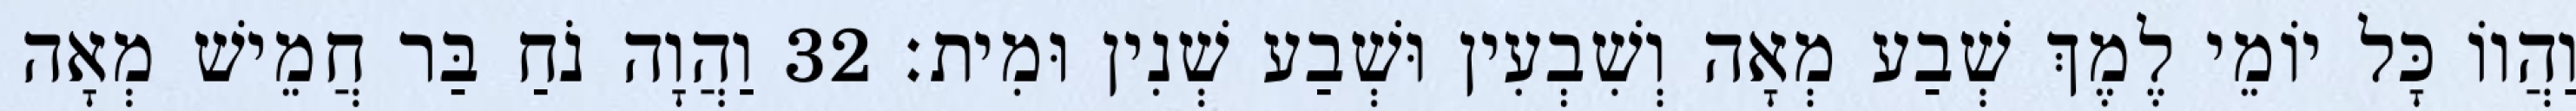
וַהֲווֹ כָּל יוֹמֵי לֶמֶךְ שְׁבַע מְאָה וְשִׁבְעִין וּשְׁבַע שְׁנִין וּמִית׃ 32 וַהֲוָה נֹחַ בַּר חֲמֵישׁ מְאָה